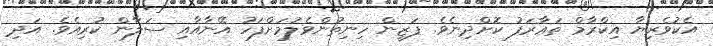
އެކުވެރިޔާ އިކްރާމް ތަޢާރަފު ކޮށްދިނެވެ. ފަޒީން ހިނިތުންވެލުމަށްފަހު އޭނާއާއި ސަލާން ކުރިއެވެ. އަދި